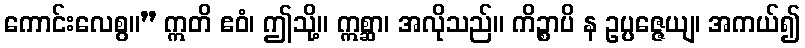
ကောင်းလေစွ။” ဣတိ ဧဝံ၊ ဤသို့။ ဣစ္ဆာ၊ အလိုသည်။ ကိဉ္စာပိ န ဥပ္ပဇ္ဇေယျ၊ အကယ်၍